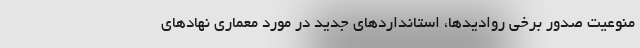
منوعیت صدور برخی روادیدها، استانداردهای جدید در مورد معماری نهادهای